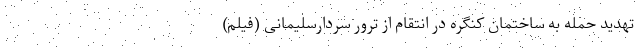
تهدید حمله به ساختمان کنگره در انتقام از ترور سردارسلیمانی (فیلم)